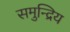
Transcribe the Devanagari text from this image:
समुन्द्रिय